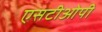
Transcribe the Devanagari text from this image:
एसटीओपी